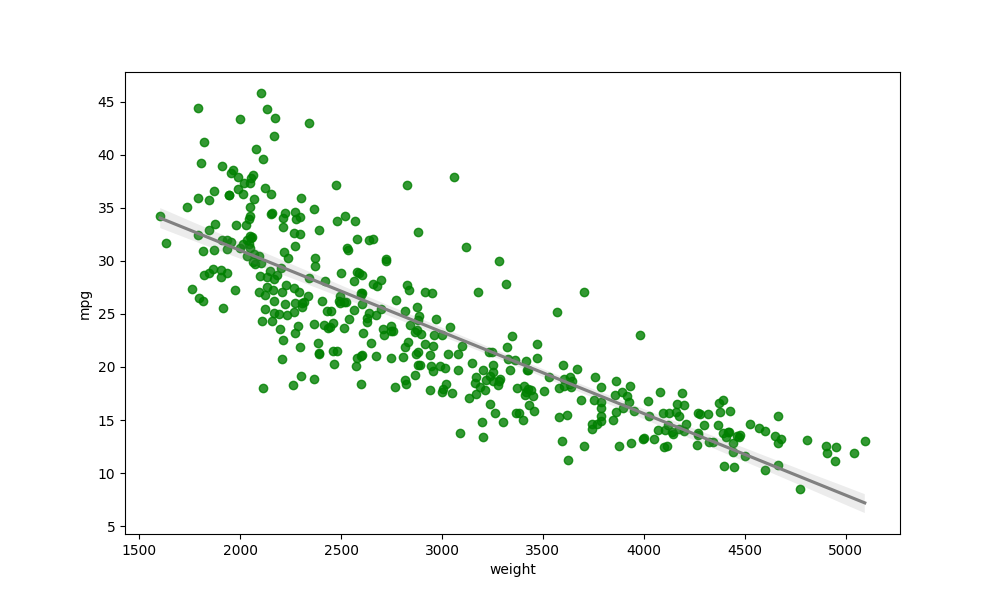
python, seaborn, regplot, order=1, ci=95, scatter_color=green, line_color=gray